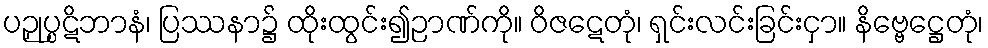
ပဉှုပ္ပဋိဘာနံ၊ ပြဿနာ၌ ထိုးထွင်း၍ဉာဏ်ကို။ ဝိဇဋေတုံ၊ ရှင်းလင်းခြင်းငှာ။ နိဗ္ဗေဋ္ဌေတုံ၊